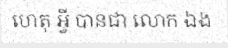
ហេតុ អ្វី បានជា លោក ឯង